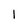
Character: 1